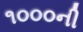
૧૦૦૦ની